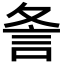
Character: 𮗺